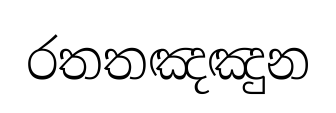
රතතඤඤුන